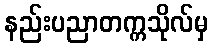
နည်းပညာတက္ကသိုလ်မှ